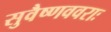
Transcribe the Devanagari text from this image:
सुवैष्णववराः